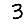
Digit: 3